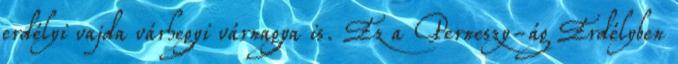
erdélyi vajda várhegyi várnagya is. Ez a Perneszy-ág Erdélyben